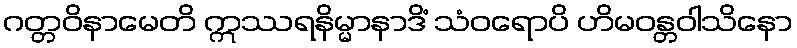
ဂတ္တဝိနာမေတိ ဣဿရနိမ္မာနာဒိံ သံဝရောပိ ဟိမဝန္တဝါသိနော